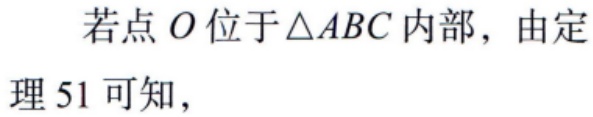
若点\(O\)位于\(\triangle ABC\)内部，由定理\(51\)可知，